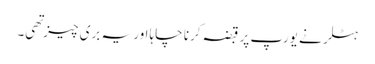
ہٹلر نے یورپ پر قبضہ کرنا چاہا اور یہ بری چیز تهی۔